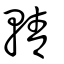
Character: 輤